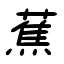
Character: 蕉